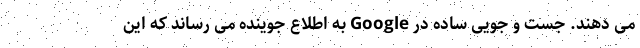
می دهند. جست و جویی ساده در Google به اطلاع جوینده می رساند که این